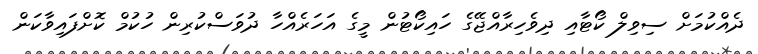
ދެއްކުމަށް ސިވިލް ކޯޓާއި ދިވެހިރާއްޖޭގެ ހައިކޯޓުން މީގެ އަހަރެއްހާ ދުވަސްކުރިން ހުކުމް ކޮށްފައިވާކަން